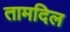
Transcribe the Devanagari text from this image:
तामदिल